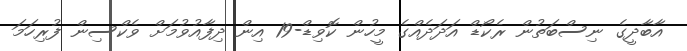
އާބާދީގެ ނިސްބަތުން ރެކޯޑް އަދަދެއްގެ މީހުން ކޮވިޑް-19 އިން ދިފާއުވުމަށް ވެކްސިން ފުރިހަމަ